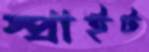
স্প্রাইট